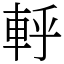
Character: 軤